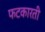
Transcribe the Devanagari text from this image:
फटकारती